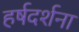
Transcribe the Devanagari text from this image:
हर्षदर्शना